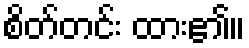
စိတ်တင်း ထား၏။